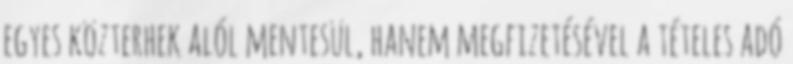
egyes közterhek alól mentesül, hanem megfizetésével a tételes adó